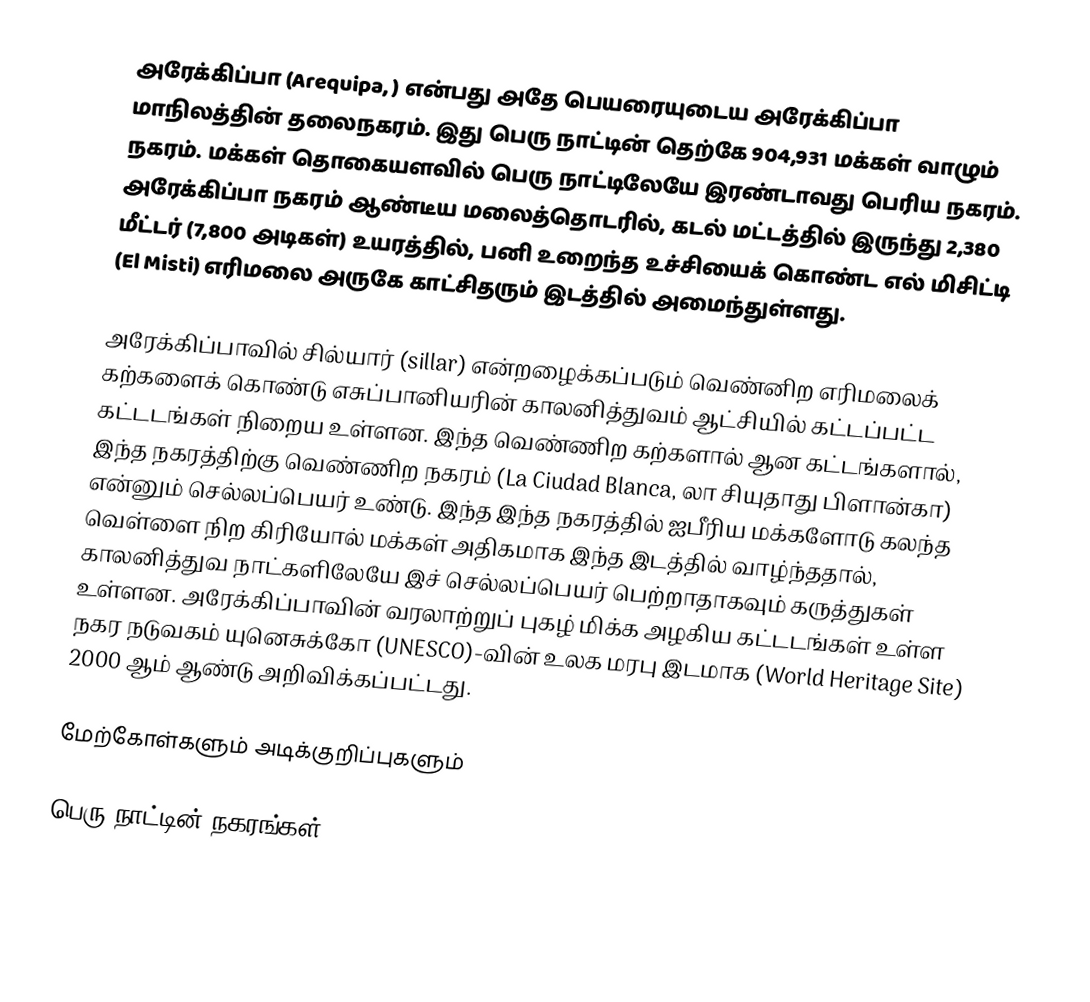
அரேக்கிப்பா (Arequipa, ) என்பது அதே பெயரையுடைய அரேக்கிப்பா மாநிலத்தின் தலைநகரம். இது பெரு நாட்டின் தெற்கே 904,931 மக்கள் வாழும் நகரம். மக்கள் தொகையளவில் பெரு நாட்டிலேயே இரண்டாவது பெரிய நகரம். அரேக்கிப்பா நகரம் ஆண்டீய மலைத்தொடரில், கடல் மட்டத்தில் இருந்து 2,380 மீட்டர் (7,800 அடிகள்) உயரத்தில், பனி உறைந்த உச்சியைக் கொண்ட எல் மிசிட்டி (El Misti) எரிமலை அருகே காட்சிதரும் இடத்தில் அமைந்துள்ளது.

அரேக்கிப்பாவில் சில்யார் (sillar) என்றழைக்கப்படும் வெண்னிற எரிமலைக் கற்களைக் கொண்டு எசுப்பானியரின் காலனித்துவம் ஆட்சியில் கட்டப்பட்ட கட்டடங்கள் நிறைய உள்ளன. இந்த வெண்ணிற கற்களால் ஆன கட்டங்களால், இந்த நகரத்திற்கு வெண்ணிற நகரம் (La Ciudad Blanca, லா சியுதாது பிளான்கா) என்னும் செல்லப்பெயர் உண்டு.  இந்த இந்த நகரத்தில் ஐபீரிய மக்களோடு கலந்த வெள்ளை நிற கிரியோல் மக்கள் அதிகமாக இந்த இடத்தில் வாழ்ந்ததால், காலனித்துவ நாட்களிலேயே இச் செல்லப்பெயர் பெற்றாதாகவும் கருத்துகள் உள்ளன. அரேக்கிப்பாவின் வரலாற்றுப் புகழ் மிக்க அழகிய கட்டடங்கள் உள்ள நகர நடுவகம் யுனெசுக்கோ (UNESCO)-வின் உலக மரபு இடமாக (World Heritage Site) 2000 ஆம் ஆண்டு அறிவிக்கப்பட்டது.

மேற்கோள்களும் அடிக்குறிப்புகளும்

பெரு நாட்டின் நகரங்கள்